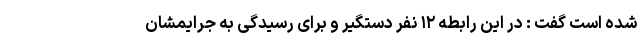
شده است گفت : در این رابطه ۱۲ نفر دستگیر و برای رسیدگی به جرایمشان